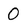
Character: 0